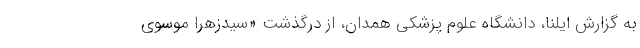
به گزارش ایلنا، دانشگاه علوم پزشکی همدان، از درگذشت «سیدزهرا موسوی